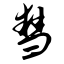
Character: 彗